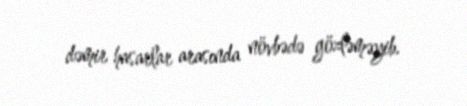
dəmir hasarlar arasında növbədə gözləməyib.